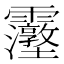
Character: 𮦿